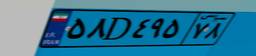
۸۱D۷۹۰۴۱